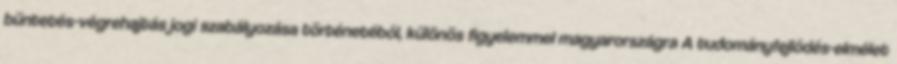
büntetés-végrehajtás jogi szabályozása történetéből, különös figyelemmel magyarországra A tudományfejlődés-elmélet